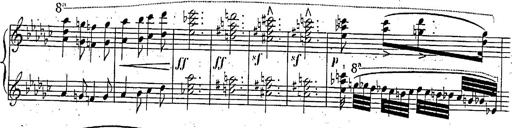
Title: Marche et Cavatine de Lucie de Lammermoor, S.398
Composer: Franz Liszt